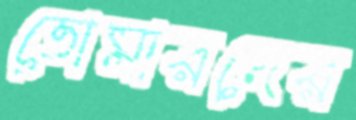
তোমারদের